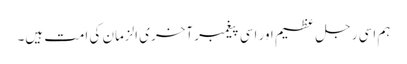
ہم اسی رجل ِ عظیم اور اسی پیغمبر آخری الزمان کی امت ہیں۔